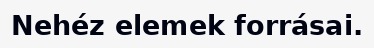
Nehéz elemek forrásai.